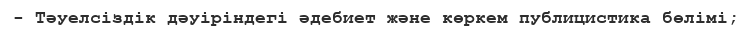
- Тәуелсіздік дәуіріндегі әдебиет және көркем публицистика бөлімі;